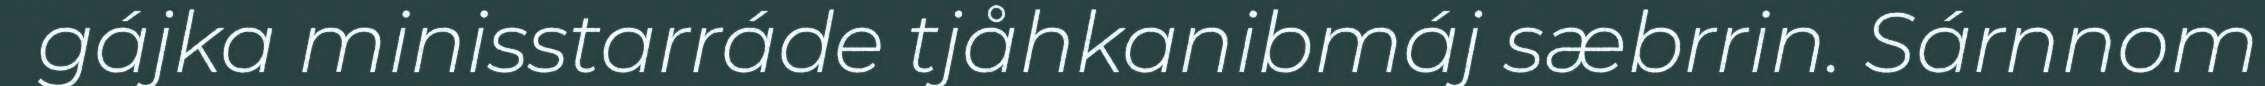
gájka minisstarráde tjåhkanibmáj sæbrrin. Sárnnom